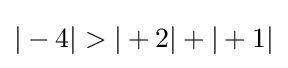
|-4|>|+2|+|+1|